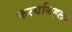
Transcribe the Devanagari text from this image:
कर्त्याबद्दल